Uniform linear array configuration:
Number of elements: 8
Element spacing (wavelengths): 0.75
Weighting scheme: exponential
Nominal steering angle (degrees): -60
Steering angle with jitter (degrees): -60.022
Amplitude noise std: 0.05
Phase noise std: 0.05

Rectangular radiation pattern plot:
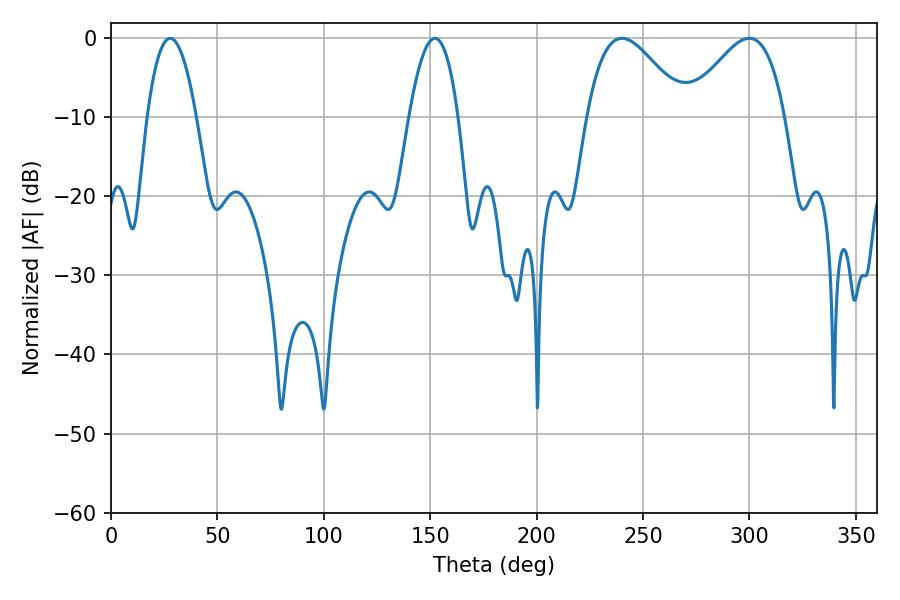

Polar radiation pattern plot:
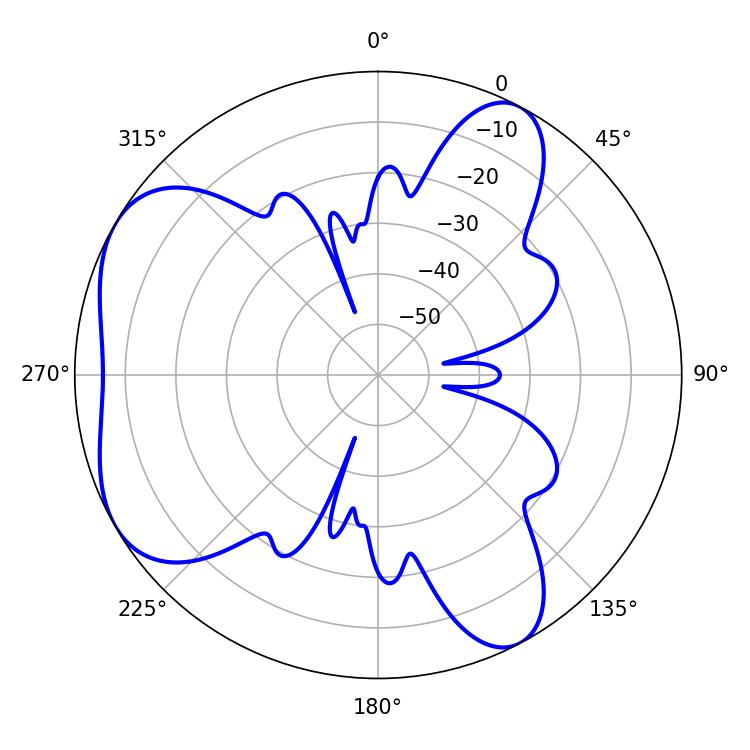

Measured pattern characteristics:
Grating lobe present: TRUE
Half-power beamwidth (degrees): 24.66
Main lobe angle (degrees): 240.12